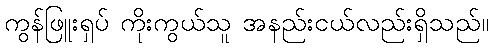
ကွန်ဖြူးရှပ် ကိုးကွယ်သူ အနည်းငယ်လည်းရှိသည်။